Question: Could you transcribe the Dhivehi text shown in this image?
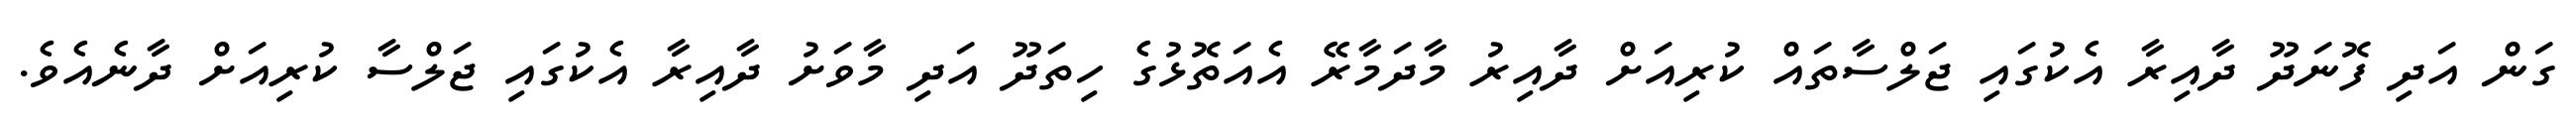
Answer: ގަން އަދި ފޮނަދޫ ދާއިރާ އެކުގައި ޖަލްސާތައް ކުރިއަށް ދާއިރު މާދަމާރޭ އެއަތޮޅުގެ ހިތަދޫ އަދި މާވަށު ދާއިރާ އެކުގައި ޖަލްސާ ކުރިއަށް ދާނެއެވެ.